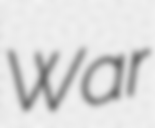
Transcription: War